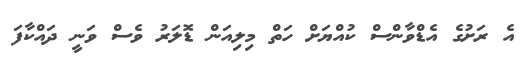
އެ ރަށުގެ އެޑްވާންސް ކުއްޔަށް ހަތް މިލިއަން ޑޮލަރު ވެސް ވަނީ ދައްކާފަ